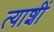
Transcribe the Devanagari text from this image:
त्याशीं